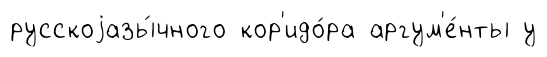
русскоjазы́чного кор'идо́ра аргум'е́нты у